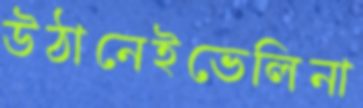
উঠানেইভেলিনা